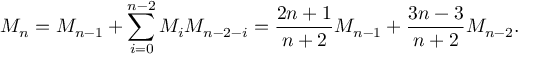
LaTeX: M _ { n } = M _ { n - 1 } + \sum _ { i = 0 } ^ { n - 2 } M _ { i } M _ { n - 2 - i } = { \frac { 2 n + 1 } { n + 2 } } M _ { n - 1 } + { \frac { 3 n - 3 } { n + 2 } } M _ { n - 2 } .